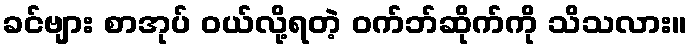
ခင်ဗျား စာအုပ် ဝယ်လို့ရတဲ့ ဝက်ဘ်ဆိုက်ကို သိသလား။